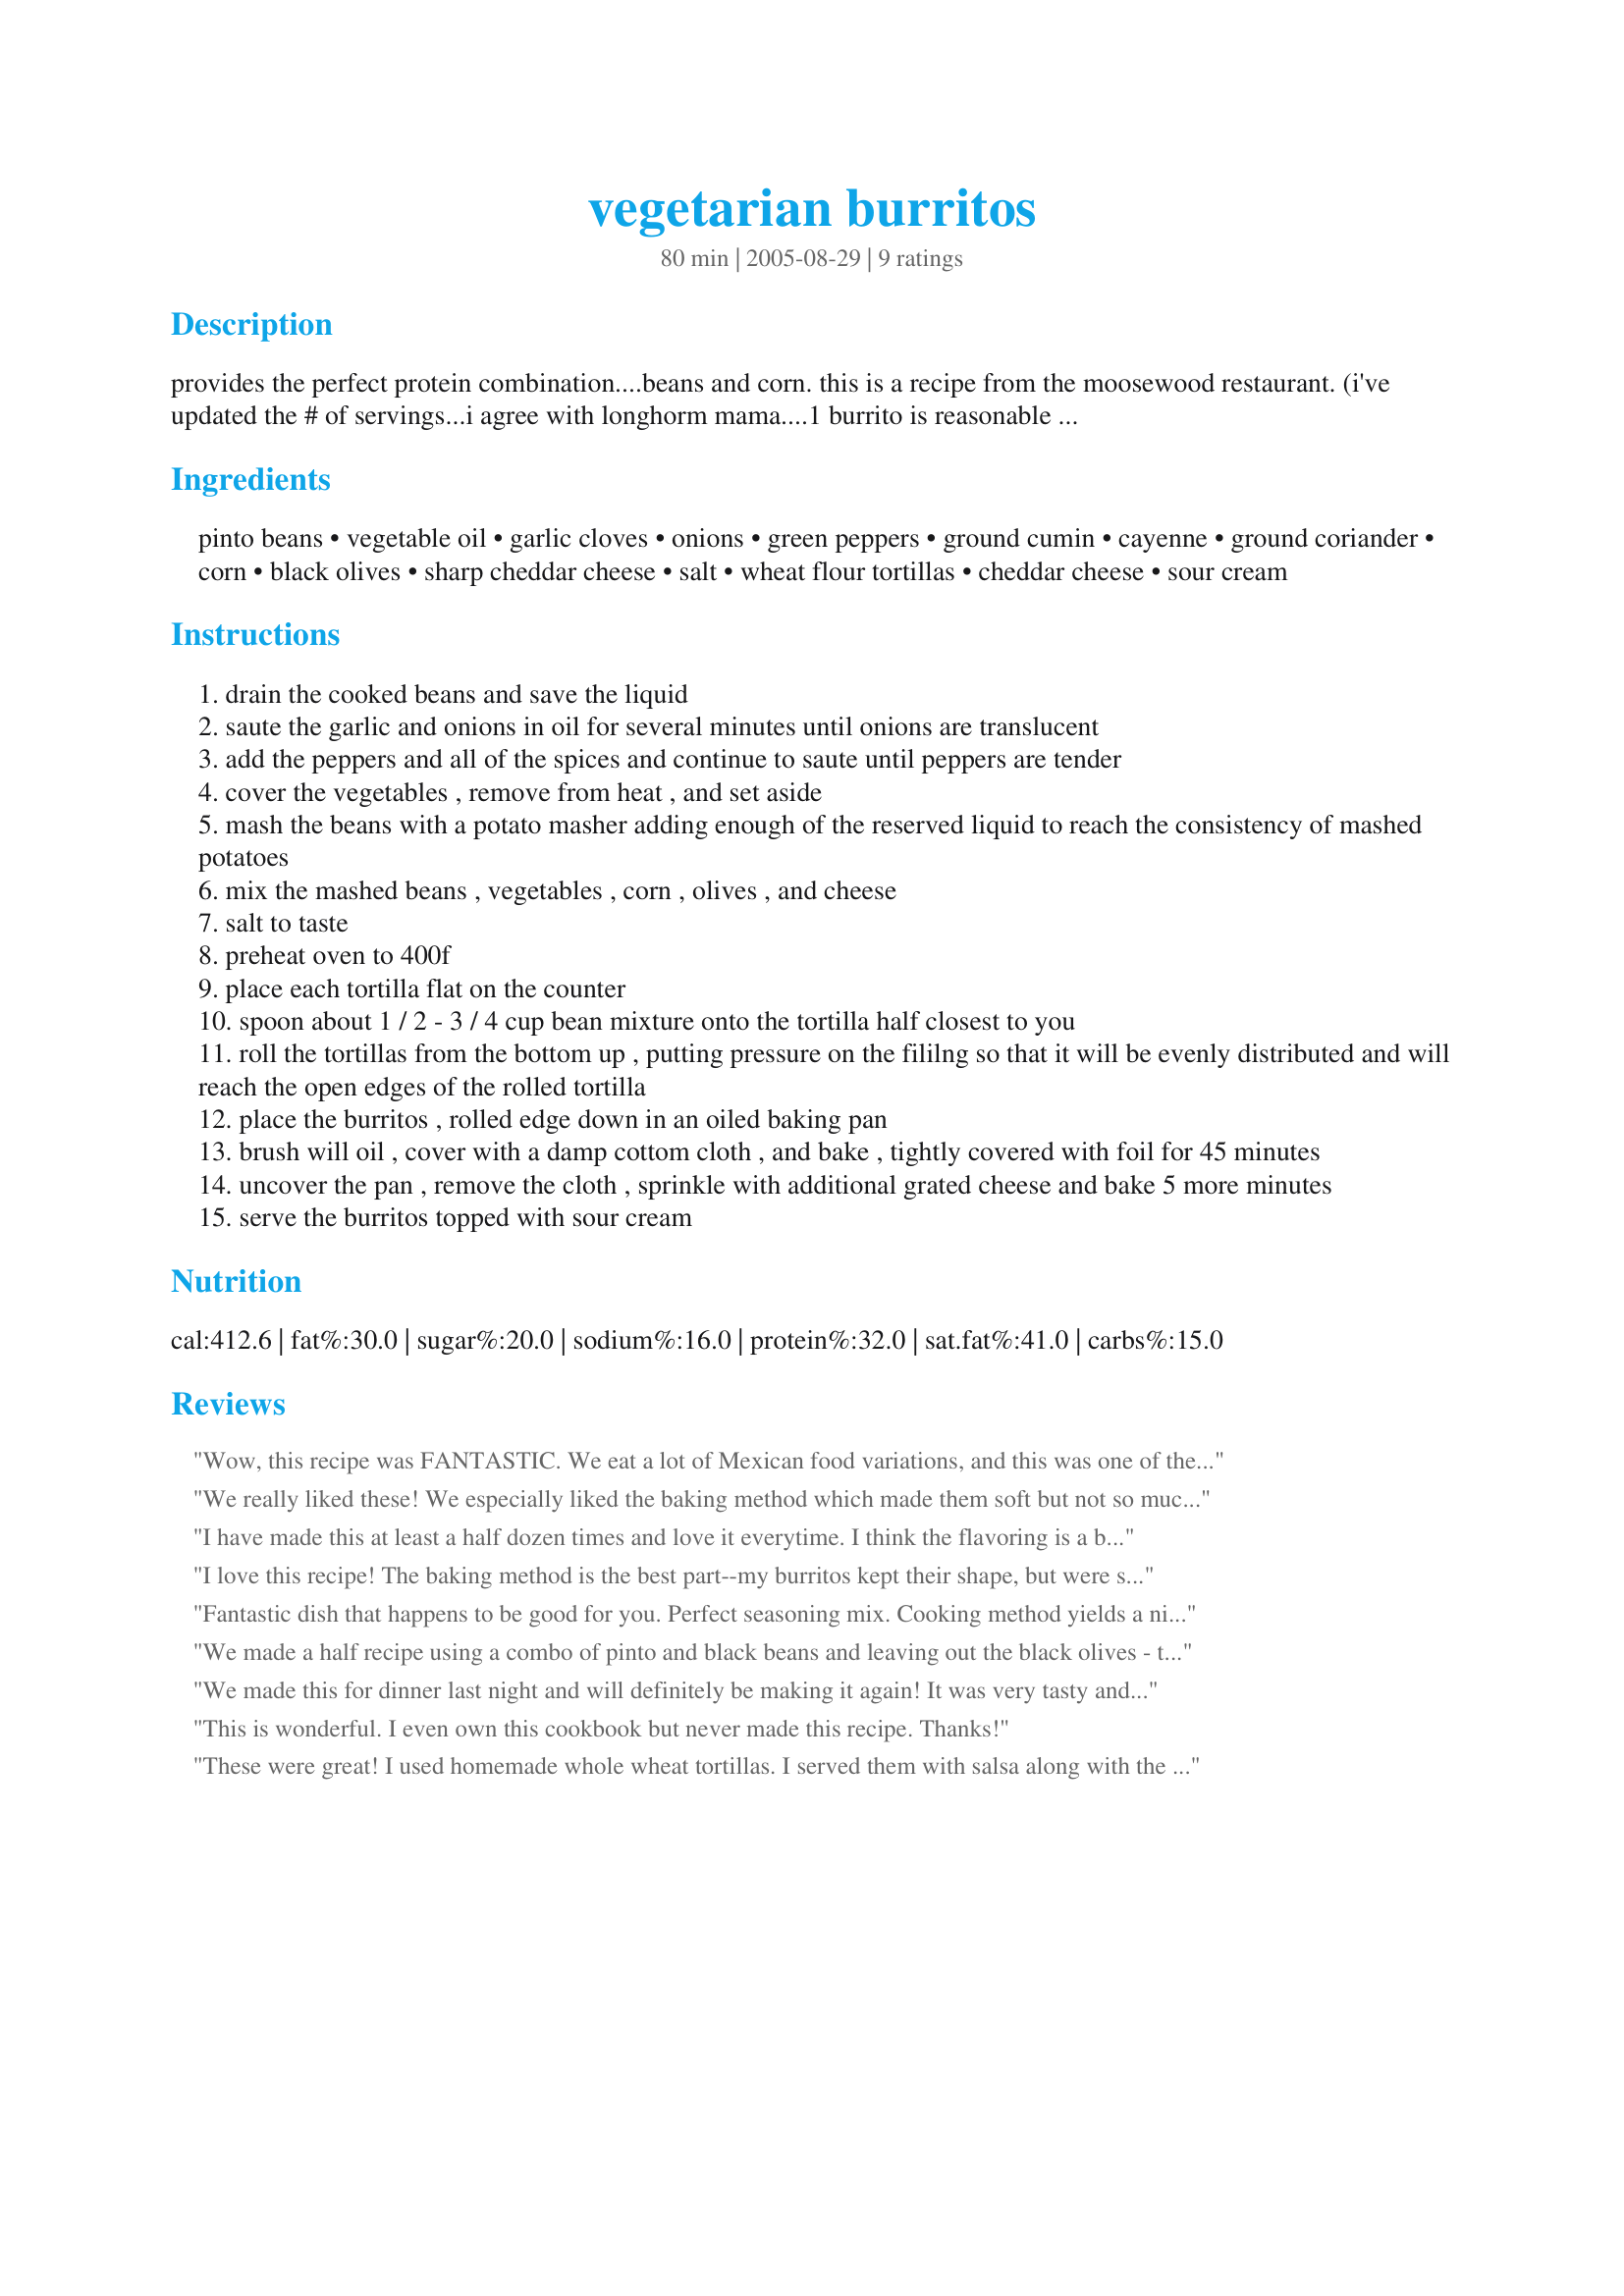
vegetarian burritos
Preparation time: 80 minutes

provides the perfect protein combination....beans and corn. this is a recipe from the moosewood restaurant. (i've updated the # of servings...i agree with longhorm mama....1 burrito is reasonable serving..thanks for the input) the filling also freezes well. i make a big batch and freeze the filling in ziploc bags and then assemble and bake when needed.

Ingredients:
pinto beans, vegetable oil, garlic cloves, onions, green peppers, ground cumin, cayenne, ground coriander, corn, black olives, sharp cheddar cheese, salt, wheat flour tortillas, cheddar cheese, sour cream

Steps:
drain the cooked beans and save the liquid
saute the garlic and onions in oil for several minutes until onions are translucent
add the peppers and all of the spices and continue to saute until peppers are tender
cover the vegetables , remove from heat , and set aside
mash the beans with a potato masher adding enough of the reserved liquid to reach the consistency of mashed potatoes
mix the mashed beans , vegetables , corn , olives , and cheese
salt to taste
preheat oven to 400f
place each tortilla flat on the counter
spoon about 1 / 2 - 3 / 4 cup bean mixture onto the tortilla half closest to you
roll the tortillas from the bottom up , putting pressure on the fililng so that it will be evenly distributed and will reach the open edges of the rolled tortilla
place the burritos , rolled edge down in an oiled baking pan
brush will oil , cover with a damp cottom cloth , and bake , tightly covered with foil for 45 minutes
uncover the pan , remove the cloth , sprinkle with additional grated cheese and bake 5 more minutes
serve the burritos topped with sour cream

Reviews:
Wow, this recipe was FANTASTIC. We eat a lot of Mexican food variations, and this was one of the best I&#039;ve made. I think the only recipe that comes close to being as good is, appropriately, a recipe out of the original Moosewood Cookbook, eggplant and almond enchiladas. I used whole wheat tortillas, red peppers instead of green, fresh corn, and lots of Cabot sharp cheddar. YUMMMMM.&lt;br/&gt;&lt;br/&gt;In our oven, these were done in 20 minutes at 400oF. I then put tinfoil on them loosely (not sealing in steam) and kept them warm at 220oF for nearly an hour, and they were still perfect.
We really liked these! We especially liked the baking method which made them soft but not so much that they fell apart. Try this one! You will like it! Thanks Ms*Bindy
I have made this at least a half dozen times and love it everytime. I think the flavoring is a bit bland so I add a lot more seasoning, including chili peppers, chili powder, and a lot more cumin. I have used the tomatillo sauce on it and it's great too! I also use a variety of peppers: red, yellow, jalepeno, etc. This recipe makes a lot of food. So I bake two smaller containers from one batch and put one in an aluminum baking sheet that I put in the freezer for later use.
I love this recipe! The baking method is the best part--my burritos kept their shape, but were still soft. The baked cheese on top was also a highlight. I made half tonight (6 burritos) and froze the rest of the filling. I plan to make a batch of this just for freezing when my baby is ready to be born so that I don't have to cook as much.
Fantastic dish that happens to be good for you. Perfect seasoning mix. Cooking method yields a nice soft burrito, just the right texture. I halved the recipe, using part black beans cause I was short on pintos. For the half recipe, I used 8 regular-sized whole wheat tortillas, which made 8 generous portions, completely filling a 13x9 pan. As such, I'd revise the servings for the full recipe to 12-16. I served with Spanish rice, but brown rice would be great, too. Thanks, Bunny Mom, for a super dinner!
We made a half recipe using a combo of pinto and black beans and leaving out the black olives - this gave us 6 huge burritos that filled a 13x9 pan. I turned this into an enchilada recipe by making half of Chuy's Deluxe Tomatillo Sauce Recipe #229103 and pouring it over the top of the burritos before putting them into the oven. I HIGHLY recommend this combo - it's AWESOME. Maybe I'm biased because I'm from Austin and really love Chuy's deluxe tomatillo sauce? Either way, this was the perfect way to use the can of tomatillos I'd finally found after 2 years of living in Sydney! If you try this combo, be sure to cover all of the tortilla with the sauce...you don't want to see any dry bits poking out or your enchiladas will be dry in places. If you're using the sauce, there's no need to cover the burritos with a damp cloth. Just cover the dish with foil and bake them for about 45 minutes. Then remove the foil, sprinkle with cheese and bake for another 10 minutes. Sprinkle with fresh cilantro (coriander) and savour. AWESOME!
We made this for dinner last night and will definitely be making it again! It was very tasty and extremely filling. We ate dinner early and this kept me satisfied all night. 

The only thing I did different was use peanut oil instead of veggie oil - only because I don't have any veg oil in the house, and I left out the black olives for my husband's preference. 

Taking another reviewer's suggestion, we also made the Chuy's Deluxe Tomatillo Sauce, and put it on top of the burritos before baking. Thanks for the tip because it was delicious!! (Although I don't know what the heck Chuy means.)
This is wonderful. I even own this cookbook but never made this recipe.
Thanks!
These were great! I used homemade whole wheat tortillas. I served them with salsa along with the sour cream. I thought that they were even better the next day! Thanks!
